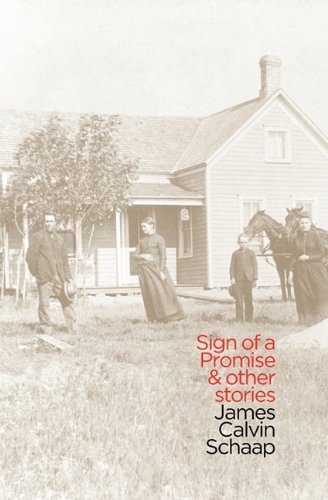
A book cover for Sign of a Promise and Other Stories (Mandate Series); James Calvin Schaap; Religion & Spirituality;